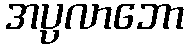
အပ္ပလာဘော